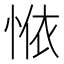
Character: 𱞣